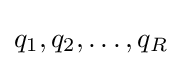
q_{1},q_{2},\dots ,q_{R}